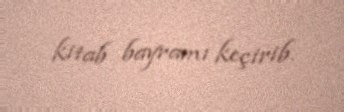
kitab bayramı keçirib.